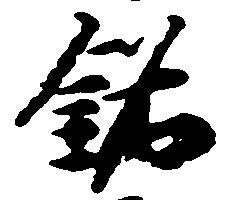
銘